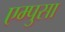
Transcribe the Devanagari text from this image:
एम्पुसा